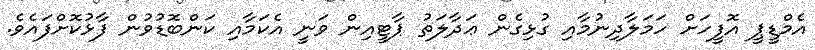
އެމްޑީޕީ އޮފީހަށް ހަމަލާދިނުމާއި ގުޅިގެން ޢަދާލަތު ޕާޓީއިން ވަނީ އެކަމާއި ކަންބޮޑުވުން ފާޅުކޮށްފައެވެ.